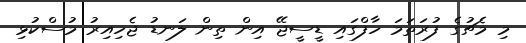
މި މެޗުގެ ފުރަތަމަ ހާފްގައި ޑީސީޖޭ އިން ތިން ލަނޑު ޖެހިއިރު މުސްކުޅި